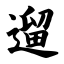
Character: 遛